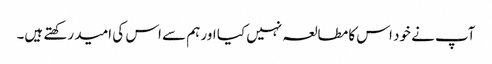
آپ نے خود اس کا مطالعہ نہیں کیا اور ہم سے اس کی امید رکھتے ہیں۔